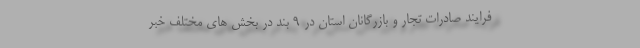
فرایند صادرات تجار و بازرگانان استان در ۹ بند در بخش های مختلف خبر